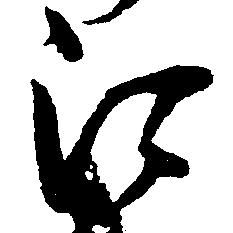
江